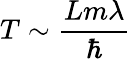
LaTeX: T\sim\frac{Lm\lambda}{\hbar}